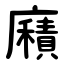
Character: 廭